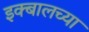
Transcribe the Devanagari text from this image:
इक्बालच्या